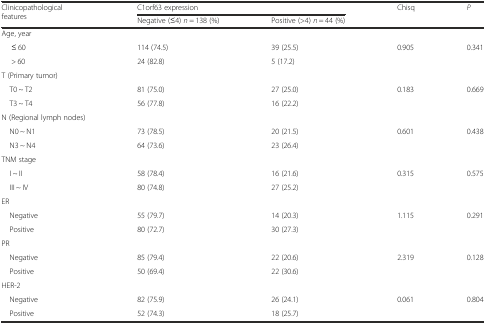
<table><thead><tr><td rowspan="2"><b>Clinicopathological features</b></td><td colspan="2"><b>C1orf63 expression</b></td><td rowspan="2"><b>Chisq</b></td><td rowspan="2"><b><i>P</i></b></td></tr><tr><td><b>Negative (≤4) <i>n</i> = 138 (%)</b></td><td><b>Positive (&gt;4) <i>n</i> = 44 (%)</b></td></tr></thead><tbody><tr><td>Age, year</td><td></td><td></td><td></td><td></td></tr><tr><td>≤ 60</td><td>114 (74.5)</td><td>39 (25.5)</td><td>0.905</td><td>0.341</td></tr><tr><td>&gt; 60</td><td>24 (82.8)</td><td>5 (17.2)</td><td></td><td></td></tr><tr><td>T (Primary tumor)</td><td></td><td></td><td></td><td></td></tr><tr><td> T0 ~ T2</td><td>81 (75.0)</td><td>27 (25.0)</td><td>0.183</td><td>0.669</td></tr><tr><td> T3 ~ T4</td><td>56 (77.8)</td><td>16 (22.2)</td><td></td><td></td></tr><tr><td>N (Regional lymph nodes)</td><td></td><td></td><td></td><td></td></tr><tr><td> N0 ~ N1</td><td>73 (78.5)</td><td>20 (21.5)</td><td>0.601</td><td>0.438</td></tr><tr><td> N3 ~ N4</td><td>64 (73.6)</td><td>23 (26.4)</td><td></td><td></td></tr><tr><td>TNM stage</td><td></td><td></td><td></td><td></td></tr><tr><td> I ~ II</td><td>58 (78.4)</td><td>16 (21.6)</td><td>0.315</td><td>0.575</td></tr><tr><td> III ~ IV</td><td>80 (74.8)</td><td>27 (25.2)</td><td></td><td></td></tr><tr><td>ER</td><td></td><td></td><td></td><td></td></tr><tr><td> Negative</td><td>55 (79.7)</td><td>14 (20.3)</td><td>1.115</td><td>0.291</td></tr><tr><td> Positive</td><td>80 (72.7)</td><td>30 (27.3)</td><td></td><td></td></tr><tr><td>PR</td><td></td><td></td><td></td><td></td></tr><tr><td> Negative</td><td>85 (79.4)</td><td>22 (20.6)</td><td>2.319</td><td>0.128</td></tr><tr><td> Positive</td><td>50 (69.4)</td><td>22 (30.6)</td><td></td><td></td></tr><tr><td>HER-2</td><td></td><td></td><td></td><td></td></tr><tr><td> Negative</td><td>82 (75.9)</td><td>26 (24.1)</td><td>0.061</td><td>0.804</td></tr><tr><td> Positive</td><td>52 (74.3)</td><td>18 (25.7)</td><td></td><td></td></tr></tbody></table>